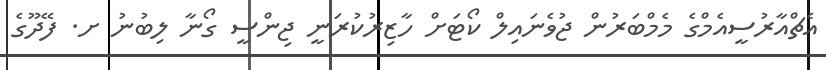
އެޗްއާރުސީއެމްގެ މެމްބަރުން ޖުވެނައިލް ކޯޓަށް ހާޒިރުކުރަނީ ޖިންސީ ގޯނާ ލިބުނު ށ. ފޭދޫގެ